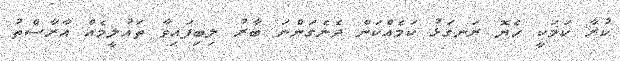
ކުރާ ކަމަކީ ހެޔޮ ރަނގަޅު ކަމެއްކަން ދެނެގަންނަ ބާރު ލިބިފައިވާ ތައުލީމެއް އާރާސްތު